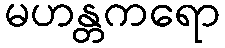
မဟန္တကရော